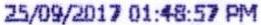
25/09/2017 01:48:57 PM